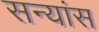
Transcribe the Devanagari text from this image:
सन्यांस